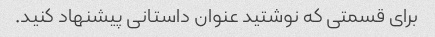
برای قسمتی که نوشتید عنوان داستانی پیشنهاد کنید.